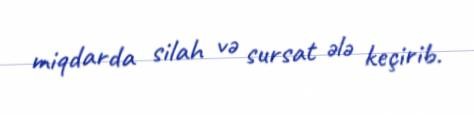
miqdarda silah və sursat ələ keçirib.